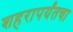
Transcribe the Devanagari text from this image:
शहरापर्यंतचा